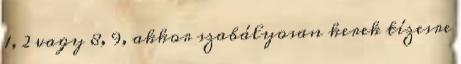
1, 2 vagy 8, 9, akkor szabályosan kerek tízesre